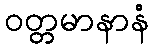
ဝတ္တမာနာနံ